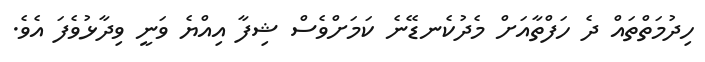
ހިދުމަތްތައް ދެ ހަފްތާއަށް މެދުކެނޑޭނެ ކަމަށްވެސް ޝިފާ އިއްޔެ ވަނީ ވިދާޅުވެފަ އެވެ.